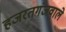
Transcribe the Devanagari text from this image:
हजरतगंजवाले